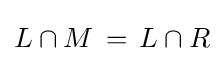
L\cap M\,=\,L\cap R